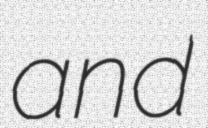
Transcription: and